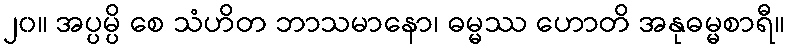
၂၀။ အပ္ပမ္ပိ စေ သံဟိတ ဘာသမာနော၊ ဓမ္မဿ ဟောတိ အနုဓမ္မစာရီ။